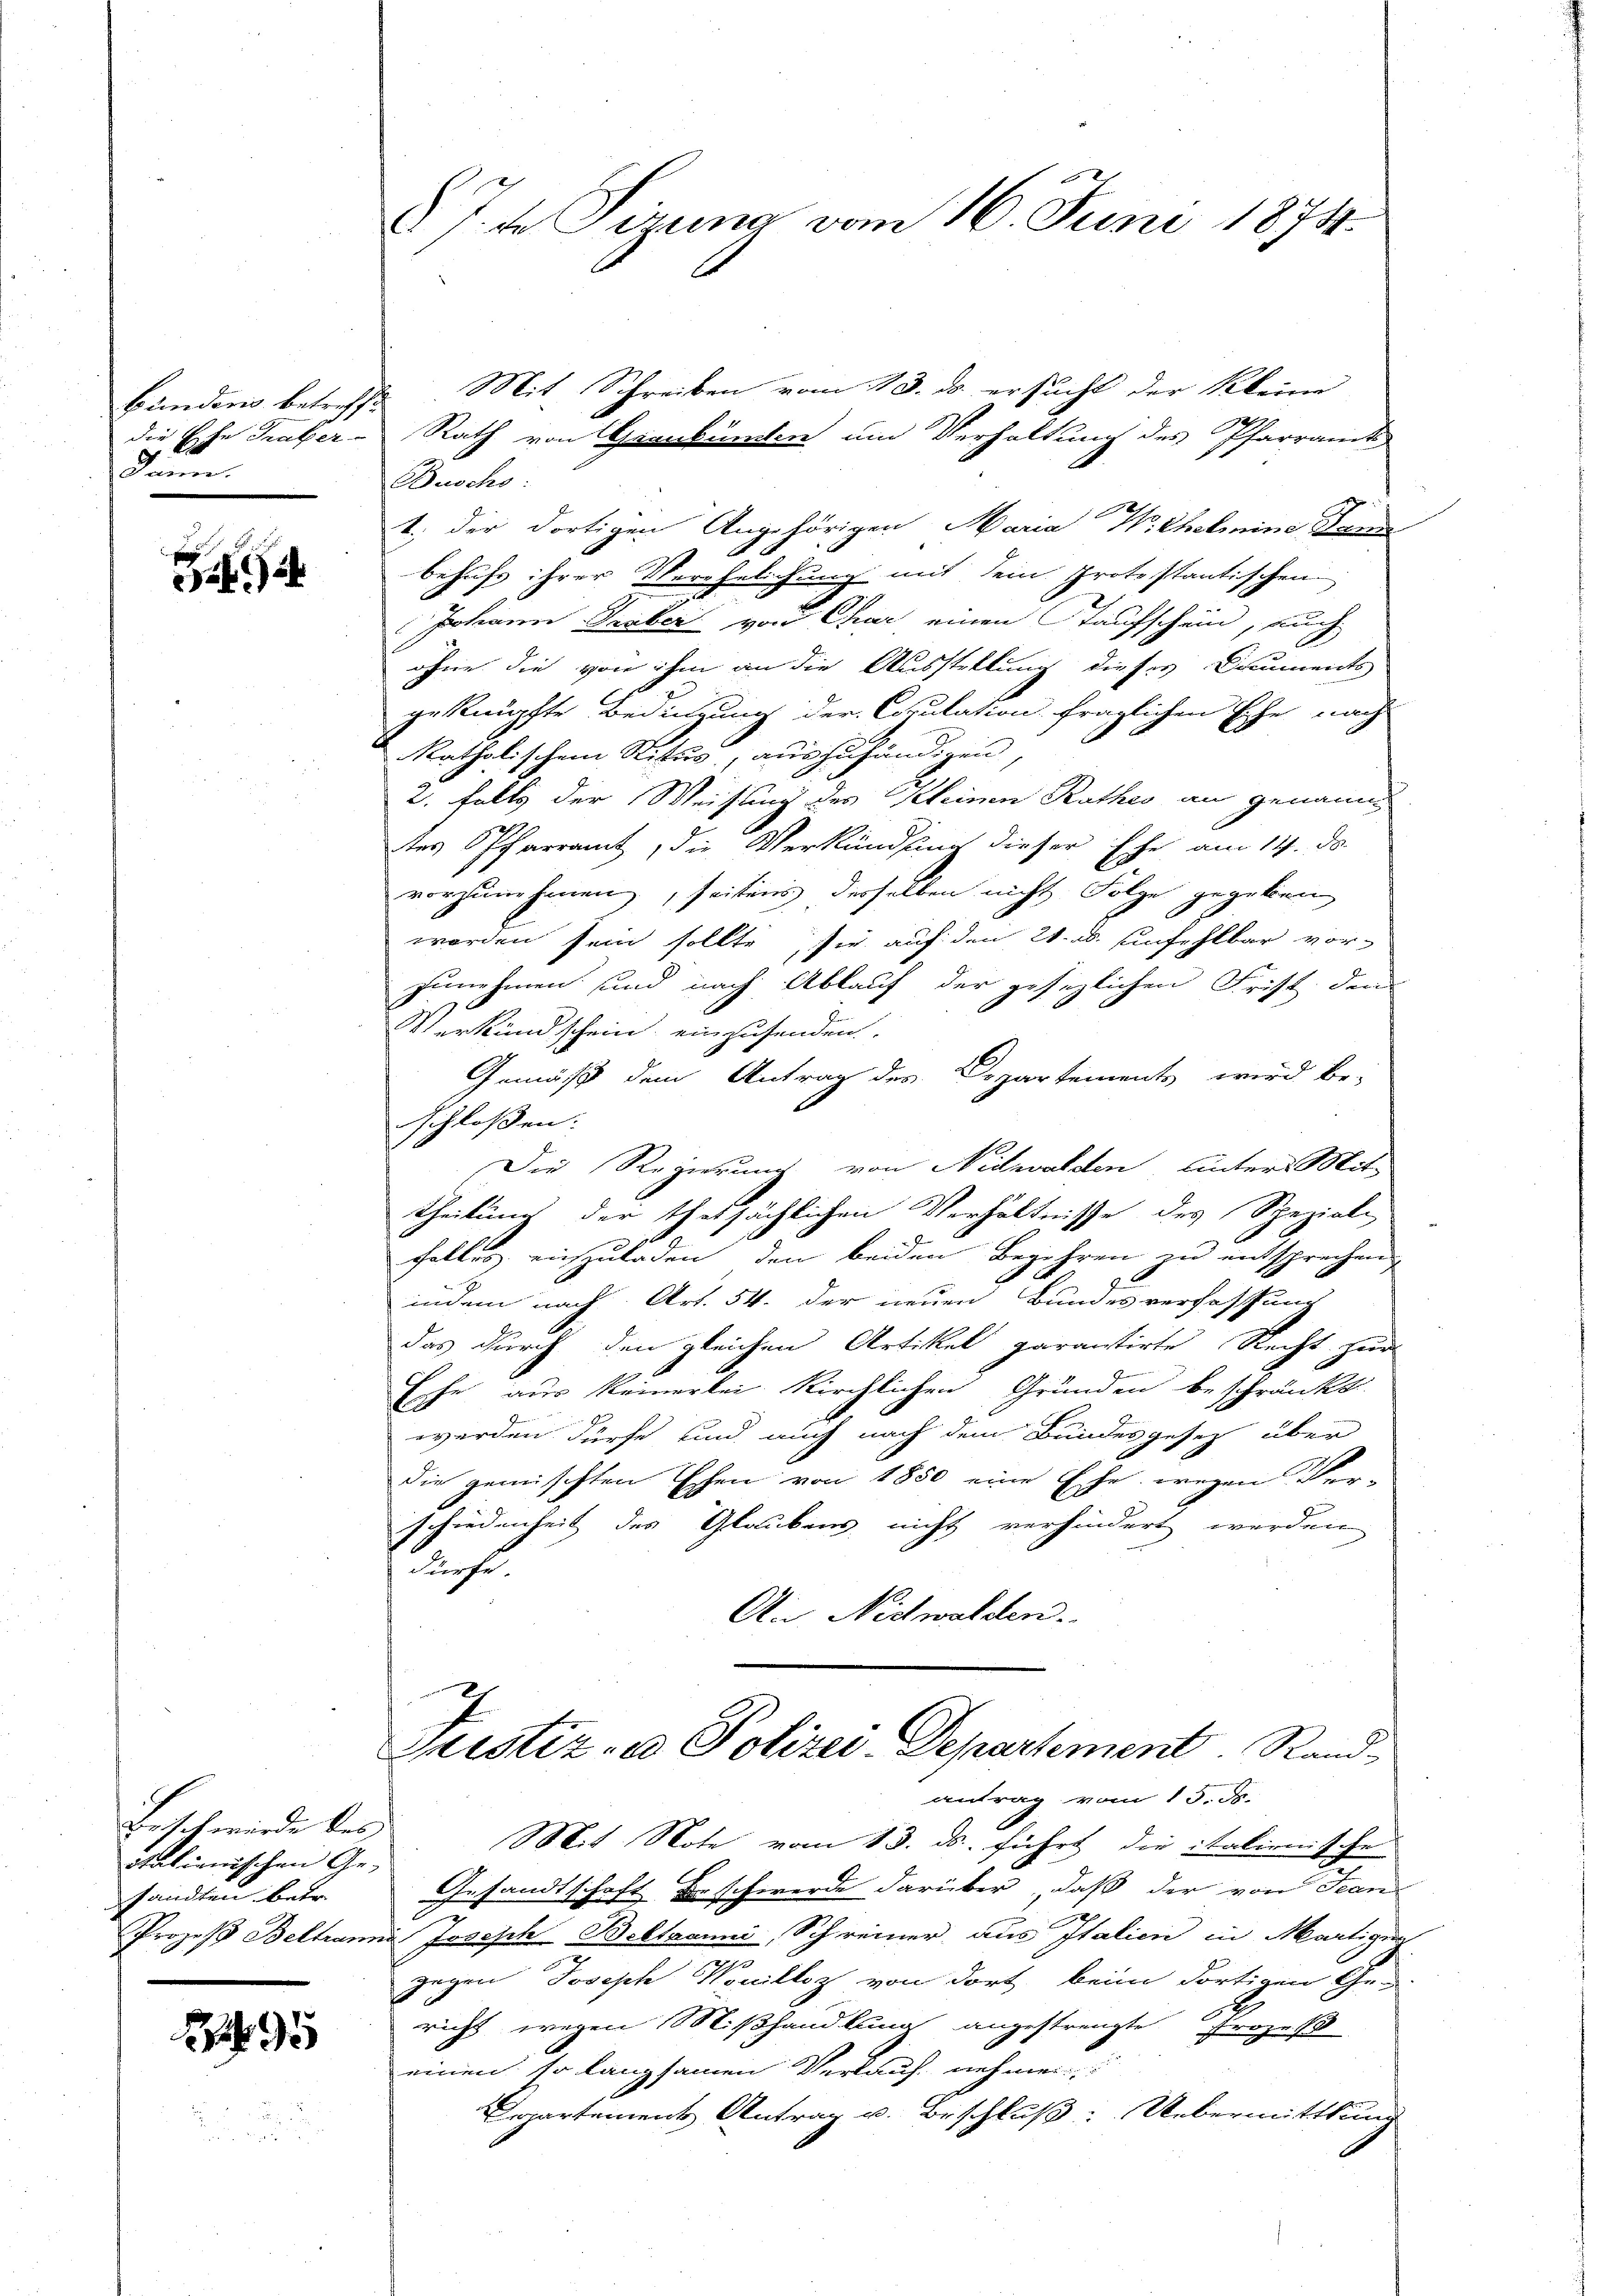
bünderis betreffe
die Ehe Traber-
Dann

r

Beisch würde des
otalienischen Ge-
sandten Betr.
Prozeß Beltran

295

§ 7. te Sirung vom 16. Juni 1874.

Mit Schreiben vom 13. ds. ersucht der Kleine
Rath von Graubünden um Verhaltung des Pfarramt
Busch:
1. der dortigen Angehörigen Maria Wilhelmini Dann
behufs ihrer Verehelichung mit dem Protestaatischen
Johann Traber von Char einen Kaufschein, auch
ohne die von ihm an die Ausstellung dieses Dauments
geknüpfte Bedingung der Copulation fraglichen Ehe nach
katholischem Situs, auszuhändigen
2. Falls der Weisung des Kleinen Rathes an genann
tes Pfarramt, die Verkündung dieser Ehe am 14. ds.
vorzunehmen, seitens desselben nicht Folge gegeben
worden sein sollte, sie auf den 21. d. unfehlbar vor-
zunehmen und nach Ablauf der gesezlichen Frist dem
Verkundschein einzusenden.
Gemäß dem Antrag des Departements wird be-
schlossen:
Die Regierung von Nidwalden hinter Mit-
theilung der thatsächlichen Verhältnisse des Speziali
Falles reiszuladen, den beiden Begehren zu entsprechen,
A
7
indem nach Art. 54. der neuen Bundesverfassung
das durch den gleichen Artikel garantirte Recht zur

Ehe aus keinerlei kirchlichen Grunden beschränkt:
werden dürfe und auch nach dem Bundesgesetz über
die gemischten Eschen von 1850 eine Ehe, wegen Ver-
schiedenheit des Glaubens nicht verhindert werden.
dche
An Nidwalden.
Justiz- u Polizei Departement. Randantrag vom 15. ds.
Mit Note vom 13. ds. führt die italienische
Gesandtschaft Erschwerde darüber, daß der von Jean
in Joseph Beltanni, Schreiner aus Italien in Martigun
.
gegen Joseph Wouillez von dort beim dortigen Ge-
.
richt wegen Mißhandlung angestrengte Frage 18
einen so langsamen Verlauf nehmen:
Cepartement Antrag u. Beschluß: Uebermittlung